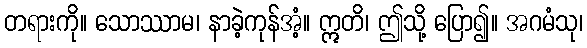
တရားကို။ သောဿာမ၊ နာခဲ့ကုန်အံ့။ ဣတိ၊ ဤသို့ ပြော၍။ အဂမံသု၊